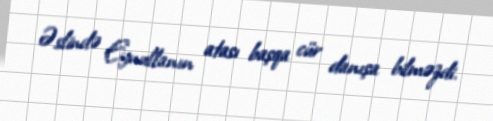
Əslində Eynullanın atası başqa cür danışa bilməzdi.